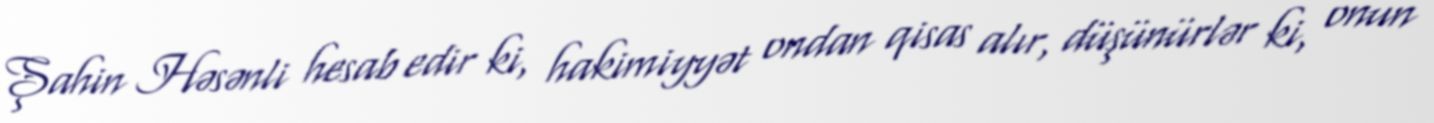
Şahin Həsənli hesab edir ki, hakimiyyət ondan qisas alır, düşünürlər ki, onun